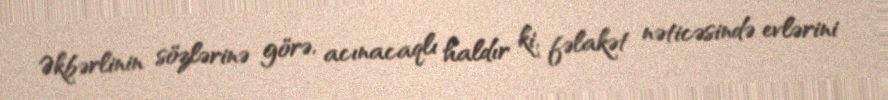
Əkbərlinin sözlərinə görə, acınacaqlı haldır ki, fəlakət nəticəsində evlərini